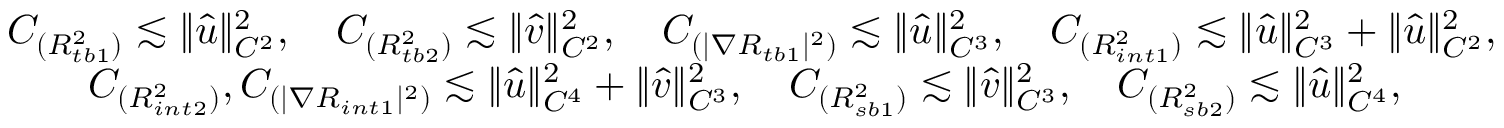
\begin{array} { r l } & { C _ { ( { R _ { t b 1 } ^ { 2 } } ) } \lesssim \| \hat { u } \| _ { C ^ { 2 } } ^ { 2 } , \quad C _ { ( { R _ { t b 2 } ^ { 2 } } ) } \lesssim \| \hat { v } \| _ { C ^ { 2 } } ^ { 2 } , \quad C _ { ( | \nabla R _ { t b 1 } | ^ { 2 } ) } \lesssim \| \hat { u } \| _ { C ^ { 3 } } ^ { 2 } , \quad C _ { ( { R _ { i n t 1 } ^ { 2 } } ) } \lesssim \| \hat { u } \| _ { C ^ { 3 } } ^ { 2 } + \| \hat { u } \| _ { C ^ { 2 } } ^ { 2 } , } \\ & { \qquad C _ { ( R _ { i n t 2 } ^ { 2 } ) } , C _ { ( | \nabla R _ { i n t 1 } | ^ { 2 } ) } \lesssim \| \hat { u } \| _ { C ^ { 4 } } ^ { 2 } + \| \hat { v } \| _ { C ^ { 3 } } ^ { 2 } , \quad C _ { ( { R _ { s b 1 } ^ { 2 } } ) } \lesssim \| \hat { v } \| _ { C ^ { 3 } } ^ { 2 } , \quad C _ { ( { R _ { s b 2 } ^ { 2 } } ) } \lesssim \| \hat { u } \| _ { C ^ { 4 } } ^ { 2 } , } \end{array}